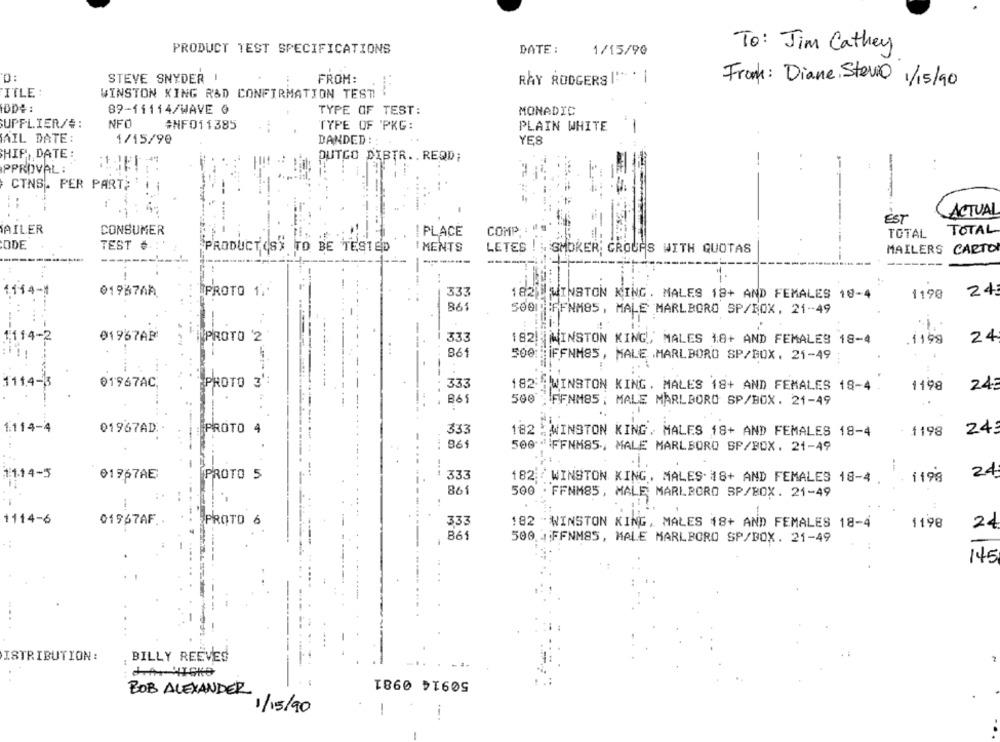
PRODUCT TEST SPECIFICATIONS
DATE:
1/15/90
To: Jim Cathey
0:
STEVE SNYDER
FROM:
RAY RODGERS I' ' |
Frank: Diane Sterio 1/15/90
ITLE :
WINSTON KING R&D CONFIRMATION TEST
IDDE:
89-11114/WAVE @
TYPE OF TEST:
MONADIC
SUPPLIER/#:
NFO
#NF011385
TYPE OF 'PKG:
PLAIN WHITE
-
AIL DATE:
1/15/90
DANDED :
YES
HIP, DATE:
DUTGO DIBTR .. REQD:
APPROVAL:
-
CTNS. PER PART;
: 4:
ACTUAL
EST
AILER
CONSUMER
COMP
TOTAL
I PLACE
TOTAL
CODE
TEST ¢
PRODUCT (S) TO BE TESTED
MENTS
LETES ! & SMOKER GROUPS WITH QUOTAS
MAILERS
CARTO
------
1114-1
0196768
PROTO 1.
333
182 L WINSTON KING . MALES 18+ AND FEMALES 19-4
1190
24
861
IFFNM85, MALE MARLBORO SP/BOX, 21-49
1,114-2
01967AR
PROTO 2
333
182 !!
WINSTON KING,' MALES 18+ AND FEMALES 18-4
.1199
24
861
500: IFFNM85, MALE .MARLBORO SP/BOX. 21-49
-- "
111.4-3
01967AC,
PROTO 3':
333
182 WINSTON KING . MALES 18+ AND FEMALES 18-4
1198
24:
861
500 FFNM85; MALE MARLBORO SP/BOX. 21-49
1114-4
01967AD.
PROTO 4
333
24
182 : WINSTON KING, MALES 18+ AND FEMALES 18-4
1198
961
500 FFNM85, MALE MARLBORO SP/BOX. 21-49
11.14-5
333
24
91767AE
PROTO 5
182 / WINSTON KING, MALES 18+ AND FEMALES 18-4
i198
861
500 . FFNM85, MALE MARLBORO SP/BOX. 21-49
1114-6
01967AF ..
:PROTO 6
333
182 WINSTON KING, MALES 18+ AND FEMALES 18-4
1198
24
B61
500, JFFNM85, MALE MARLBORO SP/BOX. 21-49
145
ISTRIBUTION:
BILLY REEVES
50914 0981
BOB ALEXANDER
1/15/90
1